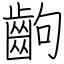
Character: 齣